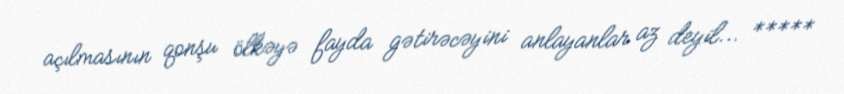
açılmasının qonşu ölkəyə fayda gətirəcəyini anlayanlar az deyil... *****